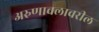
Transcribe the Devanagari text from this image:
अरुणाचलावरील